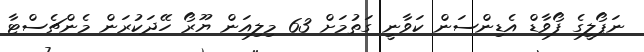
ނަޕޯލީގެ ފޯވާޑް އެޑިންސަން ކަވާނީ ގަތުމަށް 63 މިލިއަން ޔޫރޯ ހޭދަކުރަން މެންޗެސްޓާ